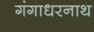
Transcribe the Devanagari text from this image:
गंगाधरनाथ